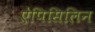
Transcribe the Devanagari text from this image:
ऐंपिसिलिन